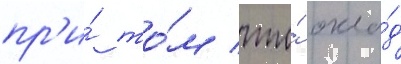
пр'и́ то́м что́ окла́д